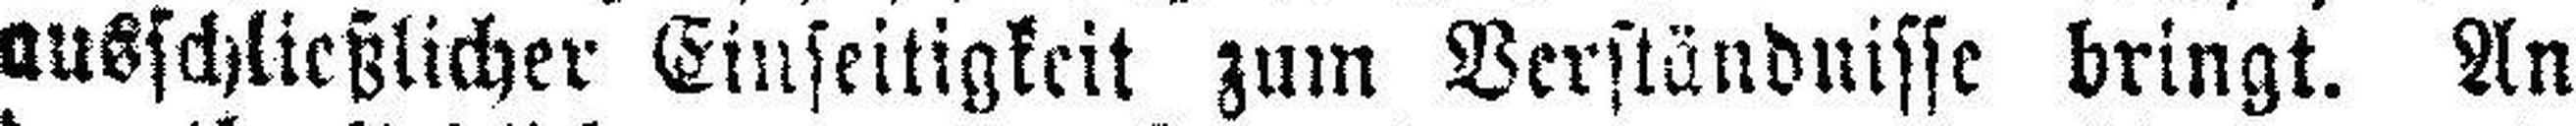
ausschließlicher Einseitigkeit zum Verständnisse bringt. An